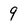
Character: 9